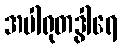
အပါရုတဒွါရေ